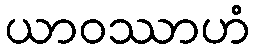
ယာဝဿာဟံ